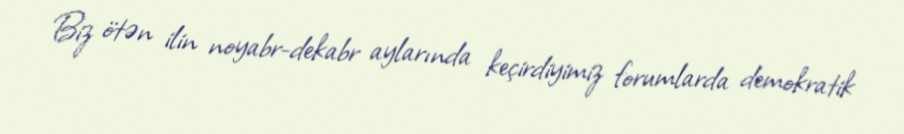
Biz ötən ilin noyabr-dekabr aylarında keçirdiyimiz forumlarda demokratik